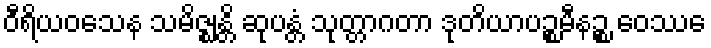
ဝီရိယဝသေန သမိဇ္ဈန္တိ ဆုပန္တံ သုတ္တာဂတာ ဒုတိယာပဉ္စမီနဉ္စ ဝေဿေ